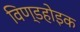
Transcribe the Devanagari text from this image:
विण्डहोइक